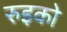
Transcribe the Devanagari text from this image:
रुइको